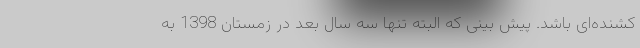
کشنده‌ای باشد. پیش بینی که البته تنها سه سال بعد در زمستان 1398 به